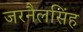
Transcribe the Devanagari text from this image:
जरनैलसिंह